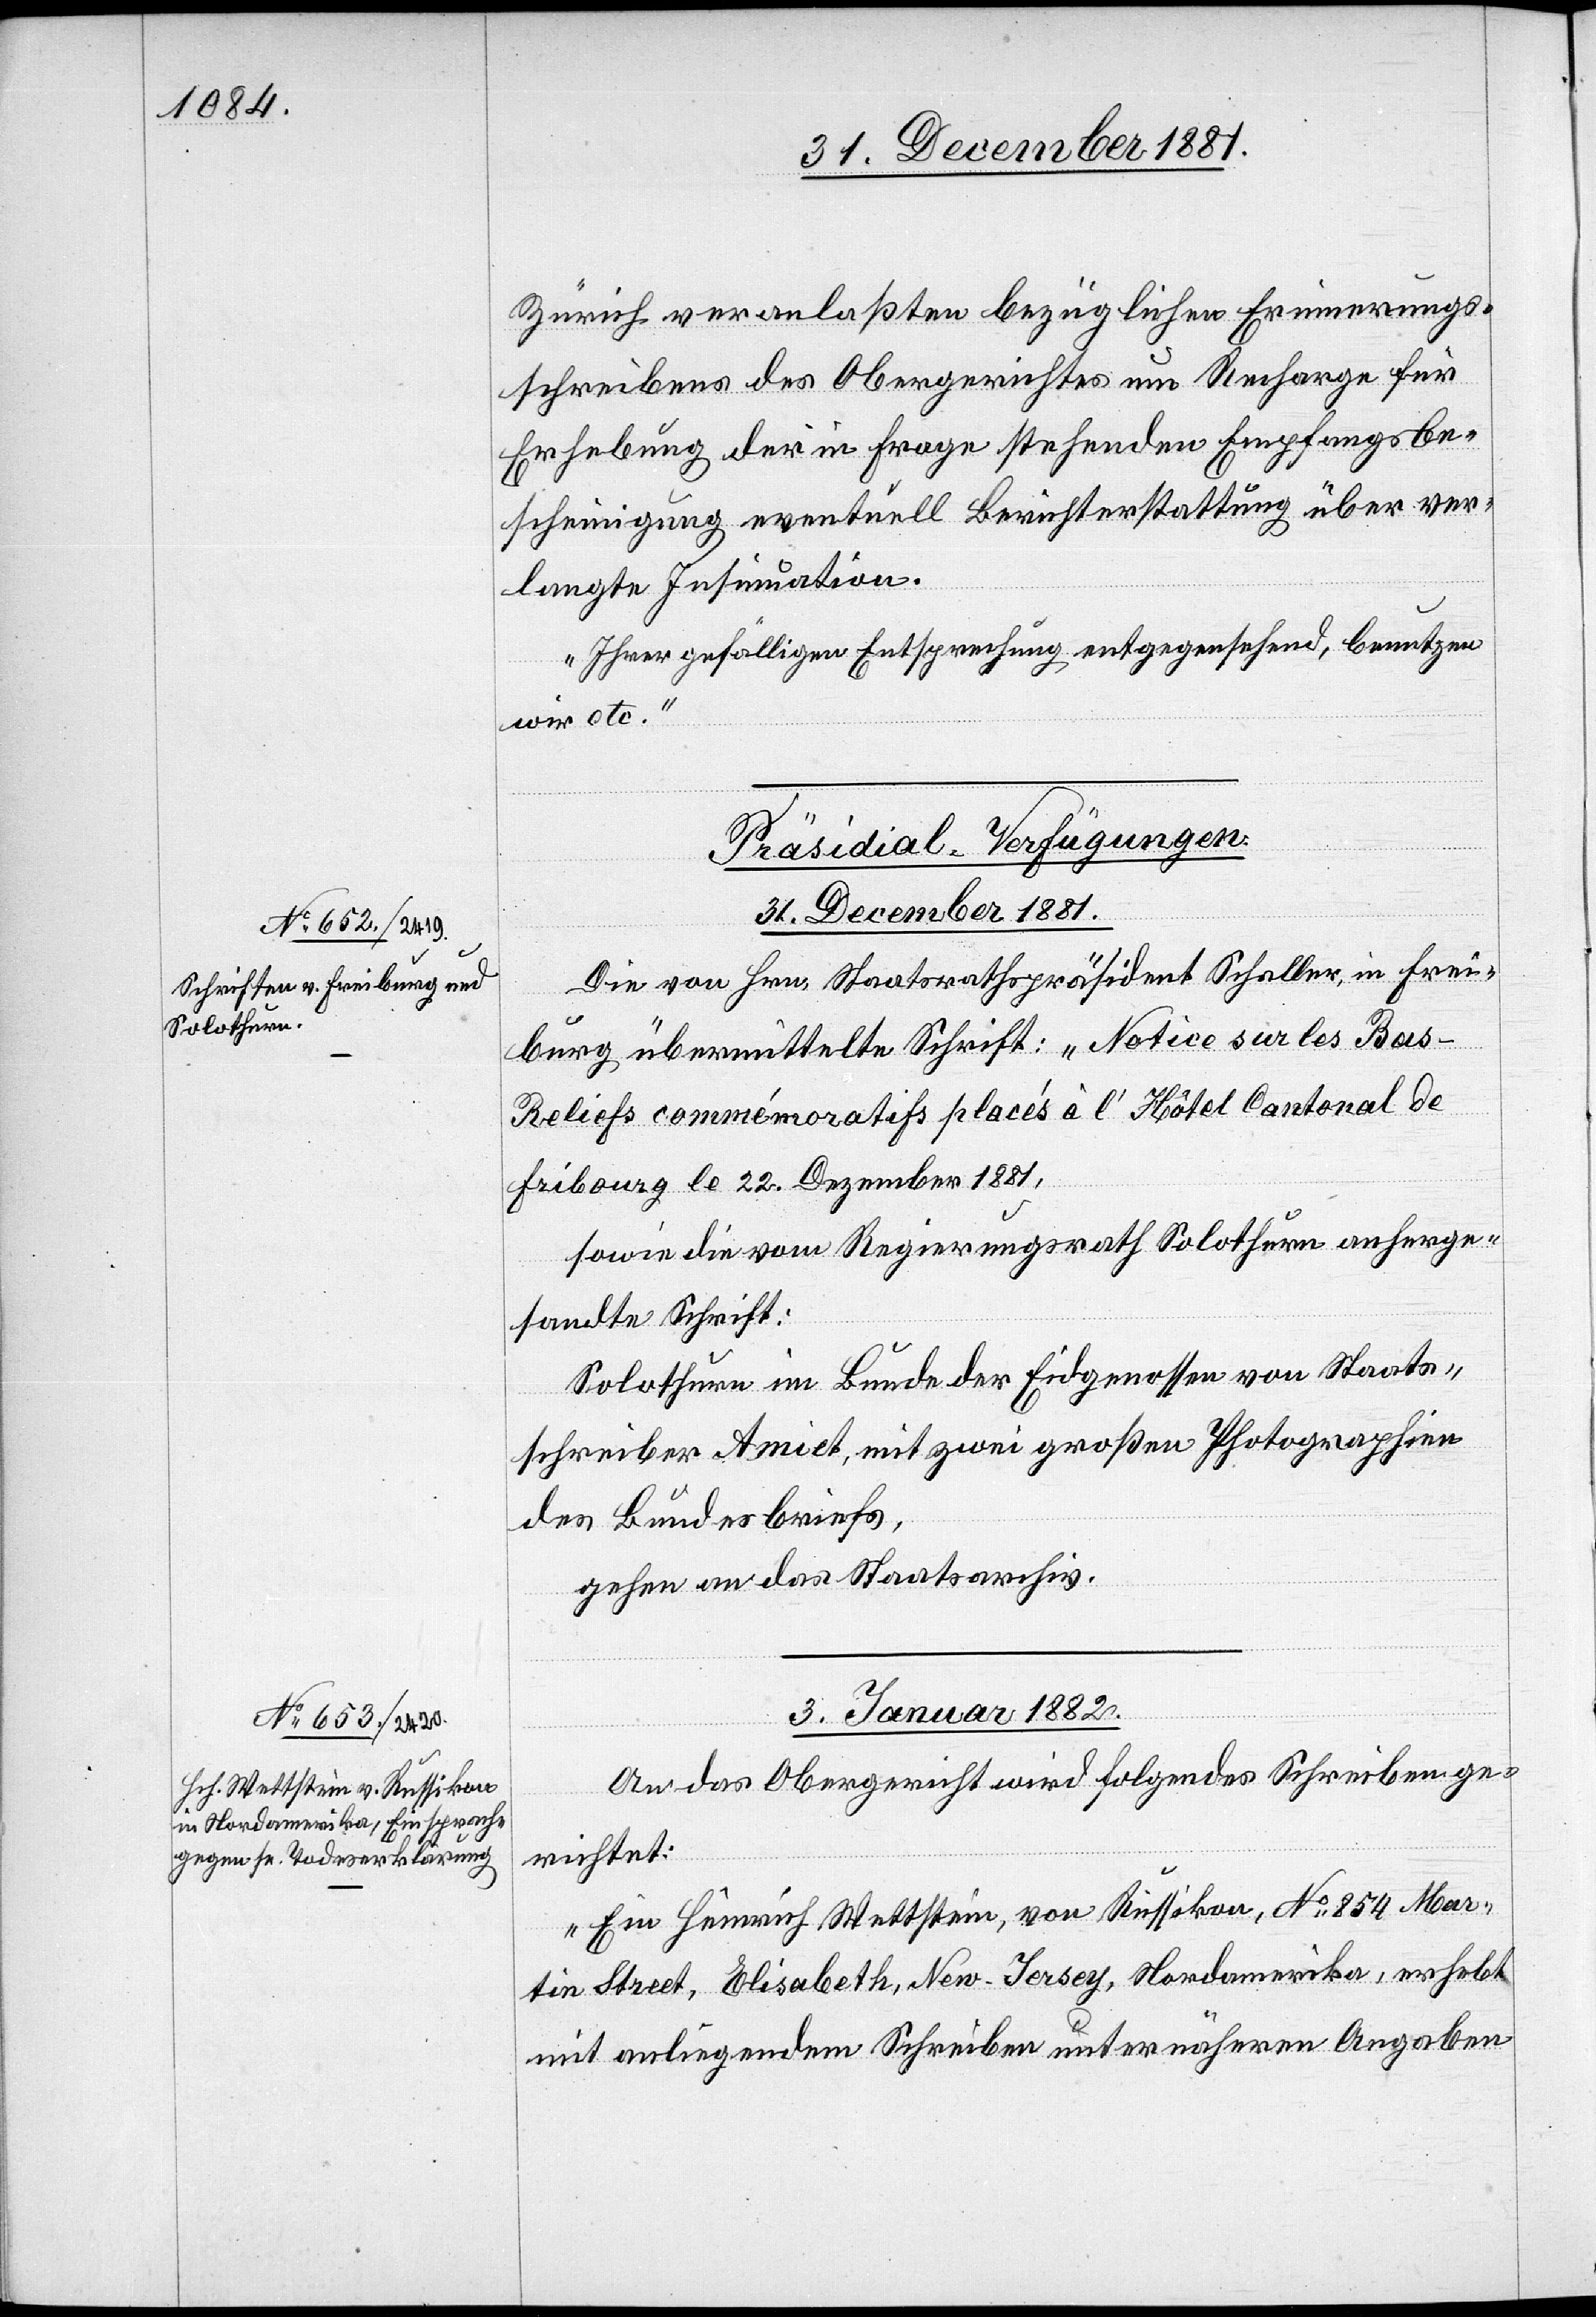
Zürich veranlaßten bezüglichen Erinnerungs¬
schreibens des Obergerichtes um Recharge für
Erhebung der in Frage stehenden Empfangsbe¬
scheinigung eventuell Berichterstattung über ver¬
langte Insinuation.
Ihrer gefälligen Entsprechung entgegensehend, benutzen
wir etc.“
[Präsidial-Verfügungen.]
31. December 1881.
Die von Hrn. Staatsrathspräsident Schaller, in Frei¬
burg übermittelte Schrift: „Notice sur les Bas-R¬
eliefs commémoratifs placés à l’Hôtel Cantonal de
Fribourg le 22. Dezember [sic!]
sowie die vom Regierungsrath Solothurn anherge¬
sandte Schrift:
Solothurn im Bunde der Eidgenossen[,] von Staats¬
schreiber Amiet, mit zwei großen Photographien
des Bundesbriefes,
gehen an das Staatsarchiv.
3. Januar 1882.
An das Obergericht wird folgendes Schreiben ge¬
richtet:
„Ein Heinrich Wettstein, von Russikon, No 854 Mar¬
tin Street, Elisabeth, New-Jersey, Nordamerika, erhebt
mit anliegendem Schreiben unter näheren Angaben